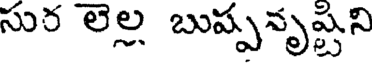
సుర లెల్ల బుప్పవృష్టిని